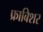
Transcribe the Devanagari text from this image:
फ्राबिशर